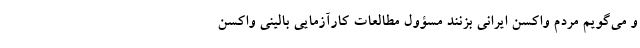
و می‌گویم مردم واکسن ایرانی بزنند مسؤول مطالعات کارآزمایی بالینی واکسن